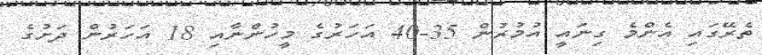
ތެރޭގައި އެންމެ ގިނައީ އުމުރުން 35-40 އަހަރުގެ މީހުންނާއި 18 އަހަރުން ދަށުގެ